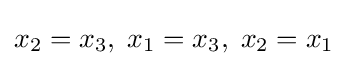
x_{2}=x_{3},\;x_{1}=x_{3},\;x_{2}=x_{1}